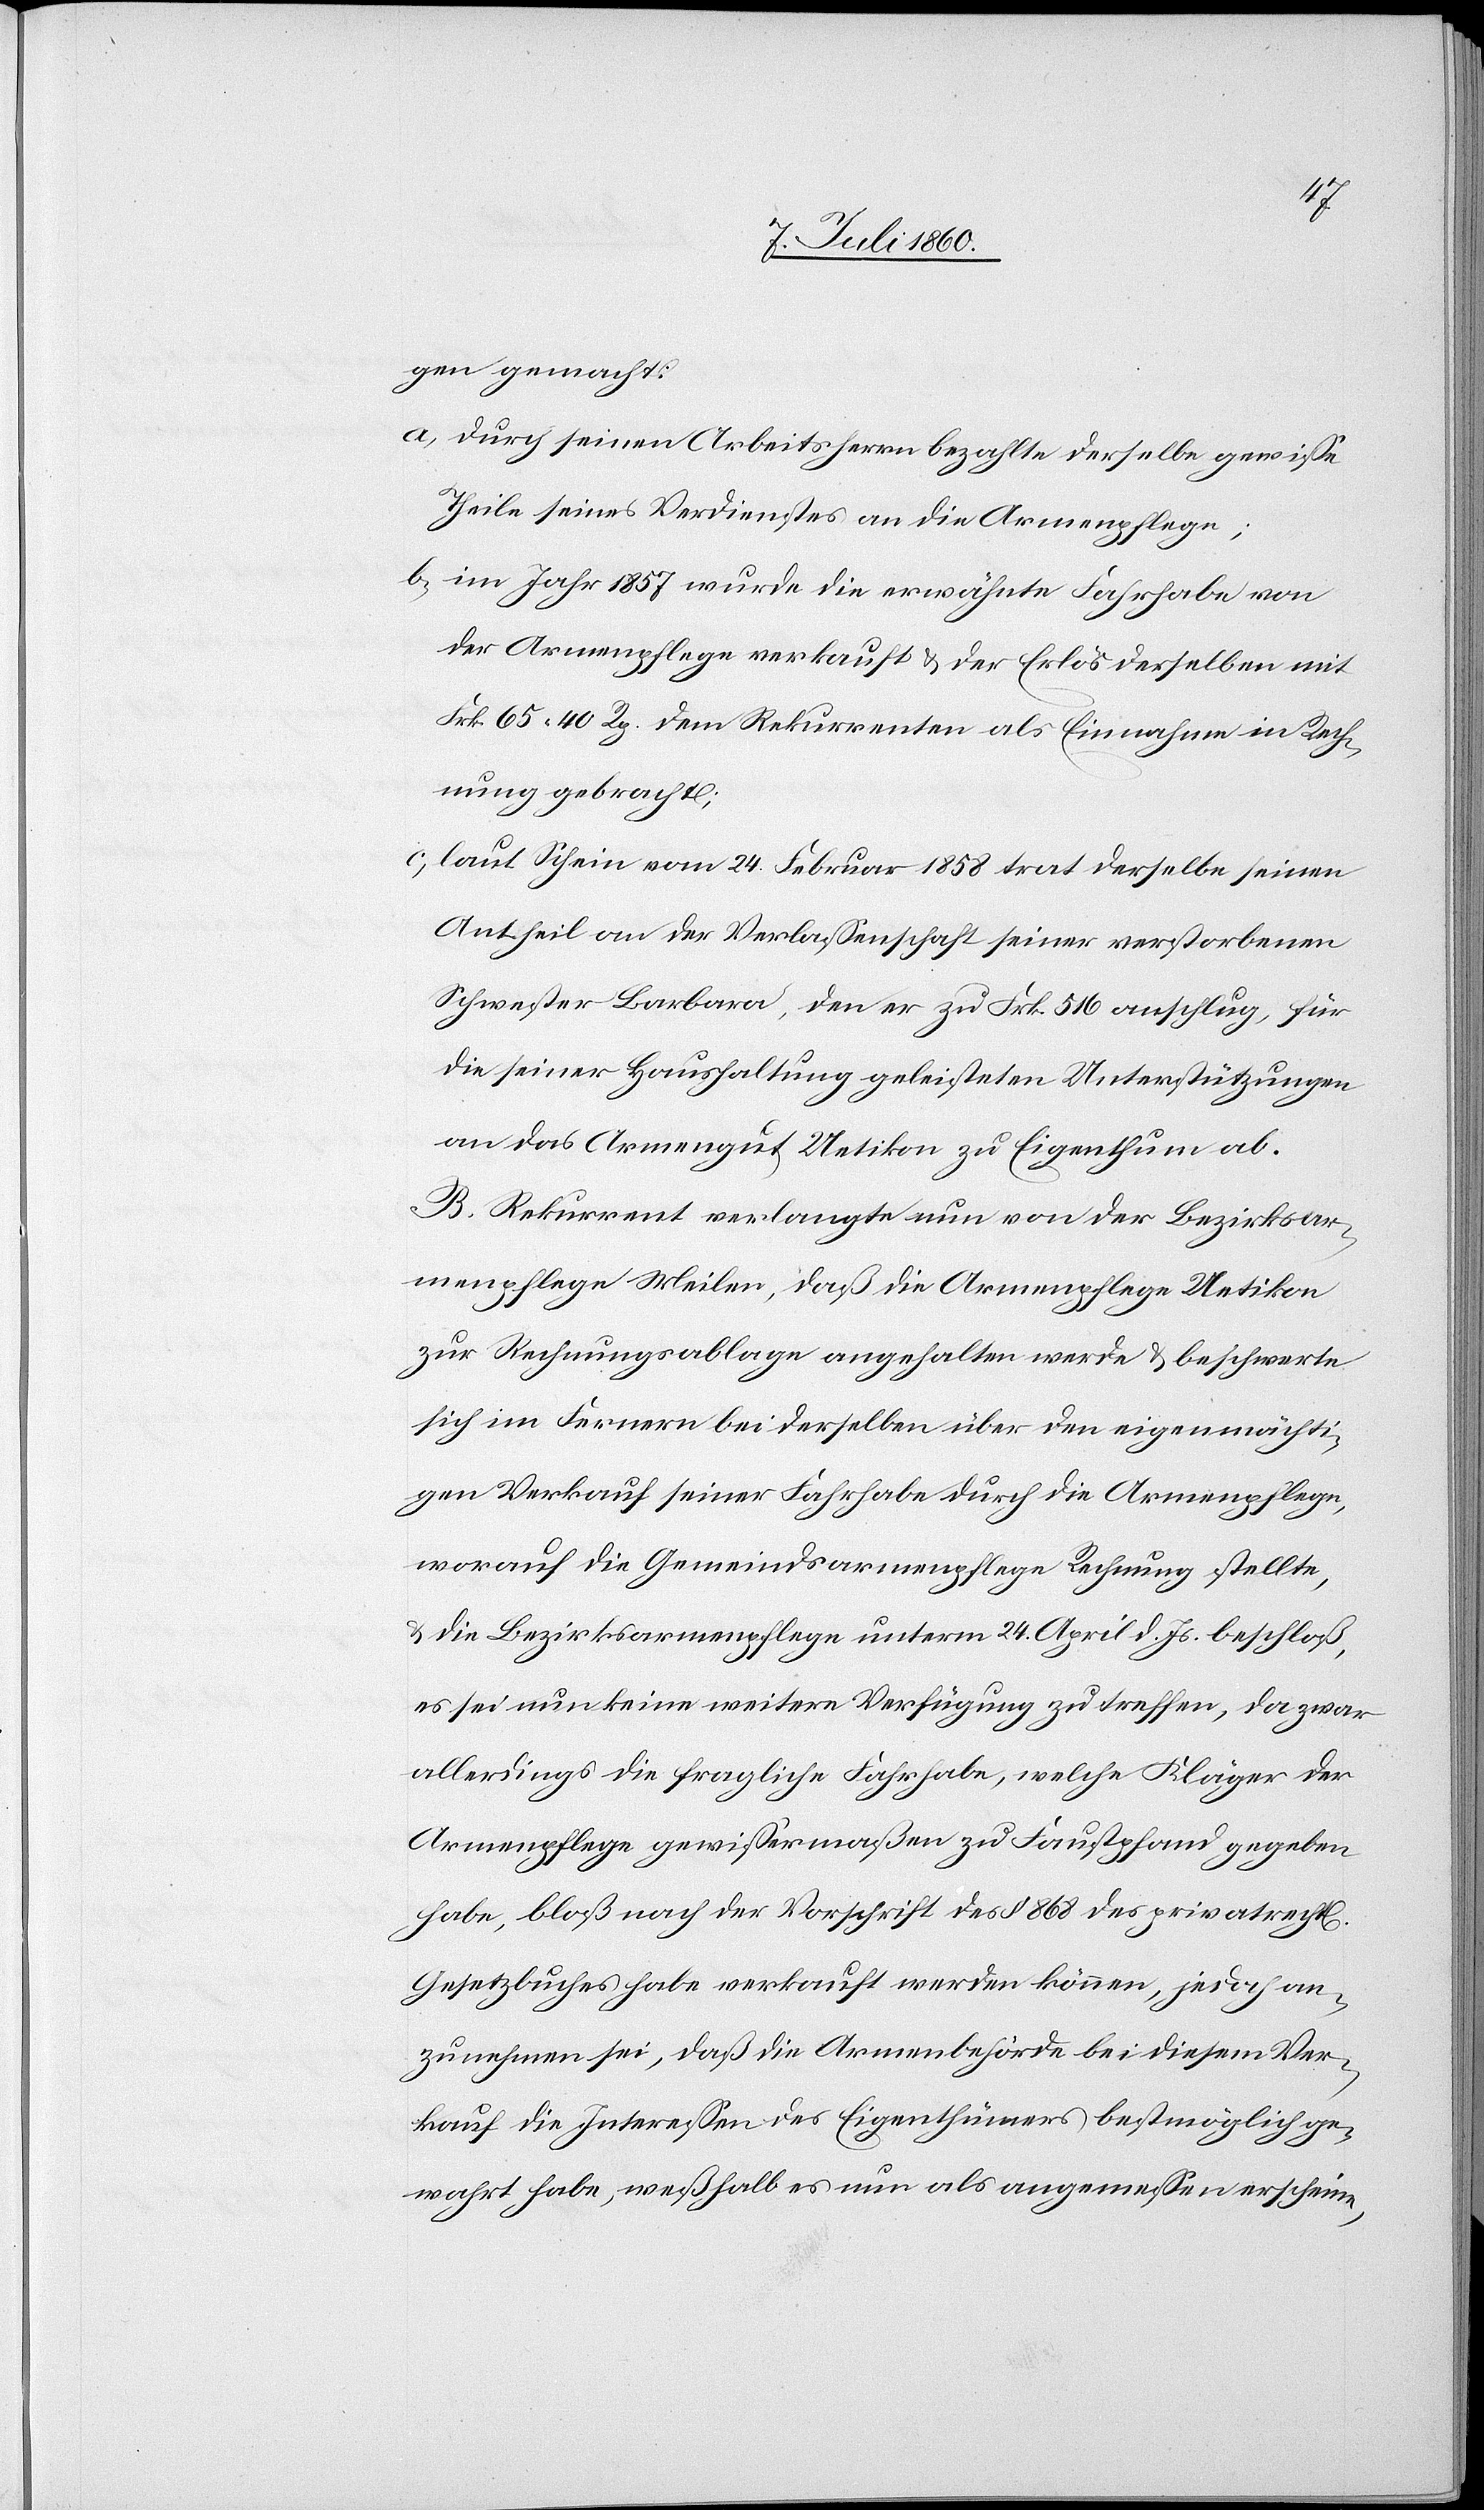
chen]
gen gemacht:
a) Durch seinen Arbeitsherrn bezahlte derselbe gewisse
Theile seines Verdienstes an die Armenpflege;
b) im Jahr 1857 wurde die erwähnte Fahrhabe von
der Armenpflege verkauft & der Erlös derselben mit
Frk. 65. 40 Rp. dem Rekurrenten als Einnahme in Rech¬
nung gebracht;
c) laut Schein vom 24. Februar 1858 trat derselbe seinen
Antheil an der Verlassenschaft seiner verstorbenen
Schwester Barbara, den er zu Frk. 516 anschlug, für
die seiner Haushaltung geleisteten Unterstützungen
an das Armengut Uetikon zu Eigenthum ab.
B. Rekurrent verlangte nun von der Bezirksar¬
menpflege Meilen, daß die Armenpflege Uetikon
zur Rechnungsablage angehalten werde & beschwerte
sich im Fernern bei derselben über den eigenmächti¬
gen Verkauf seiner Fahrhabe durch die Armenpflege,
worauf die Gemeindsarmenpflege Rechnung stellte,
& die Bezirksarmenpflege unterm 24. April d. Js. beschloß,
es sei nun keine weitere Verfügung zu treffen, da zwar
allerdings die fragliche Fahrhabe, welche Kläger der
Armenpflege gewissermaßen zu Faustpfand gegeben
habe, bloß nach der Vorschrift des § 868 des privatrechtl[i¬
Gesetzbuches habe verkauft werden können, jedoch an¬
zunehmen sei, daß die Armenbehörde bei diesem Ver¬
kauf die Interessen des Eigenthümers bestmöglich ge¬
wahrt habe, weßhalb es nun als angemessen erscheine,